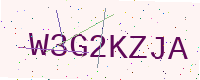
Text: W3G2KZJA